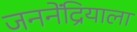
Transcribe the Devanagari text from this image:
जननेंद्रियाला